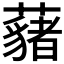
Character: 𮒱